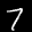
Label: 7